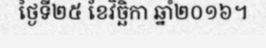
ថ្ងៃទី២៥ ខែវិច្ឆិកា ឆ្នាំ២០១៦។